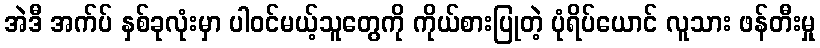
အဲဒီ အက်ပ် နှစ်ခုလုံးမှာ ပါဝင်မယ့်သူတွေကို ကိုယ်စားပြုတဲ့ ပုံရိပ်ယောင် လူသား ဖန်တီးမှု